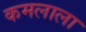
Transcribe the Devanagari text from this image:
कमलाला